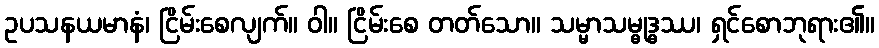
ဥပသနယမာနံ၊ ငြိမ်းစေလျက်။ ဝါ။ ငြိမ်းစေ တတ်သော။ သမ္မာသမ္ဓုဒ္ဓဿ၊ ရှင်စောဘုရား၏။